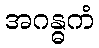
အဂန္ဓကံ